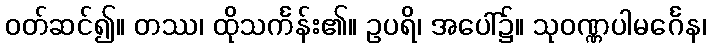
ဝတ်ဆင်၍။ တဿ၊ ထိုသင်္ကန်း၏။ ဥပရိ၊ အပေါ်၌။ သုဝဏ္ဏပါမင်္ဂေန၊